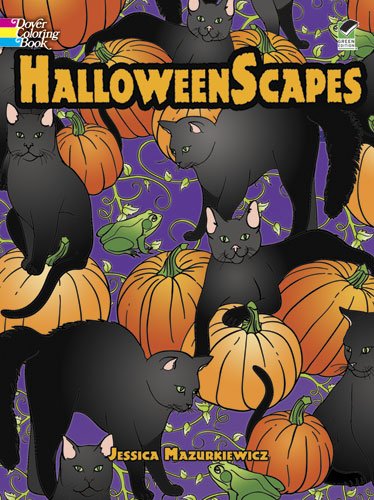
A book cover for HalloweenScapes (Dover Holiday Coloring Book); Jessica Mazurkiewicz; Children's Books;